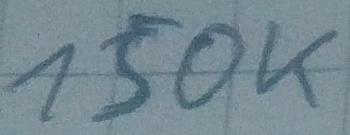
Text: 150K